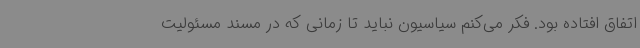
اتفاق افتاده بود. فکر می‌کنم سیاسیون نباید تا زمانی که در مسند مسئولیت